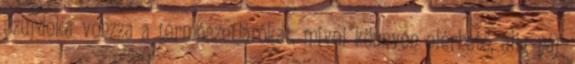
szurdoka vonzza a természetjárókat, mivel könnyen elérhető, alig pár